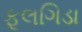
ફૂલગિડા